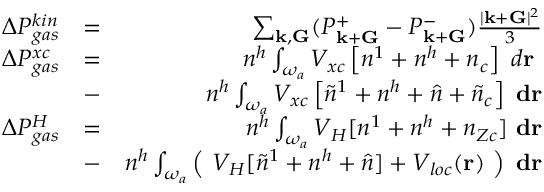
\begin{array} { r l r } { \Delta P _ { g a s } ^ { k i n } } & { = } & { \sum _ { { \bf k } , { \bf G } } ( P _ { { \bf k } + { \bf G } } ^ { + } - P _ { { \bf k } + { \bf G } } ^ { - } ) \frac { | { \bf k } + { \bf G } | ^ { 2 } } { 3 } } \\ { \Delta P _ { g a s } ^ { x c } } & { = } & { n ^ { h } \int _ { \omega _ { a } } V _ { x c } \left[ n ^ { 1 } + n ^ { h } + n _ { c } \right] ~ d { \bf r } ~ } \\ & { - } & { n ^ { h } \int _ { \omega _ { a } } V _ { x c } \left[ \tilde { n } ^ { 1 } + n ^ { h } + \hat { n } + \tilde { n } _ { c } \right] ~ { \bf d r } } \\ { \Delta P _ { g a s } ^ { H } } & { = } & { n ^ { h } \int _ { \omega _ { a } } V _ { H } [ n ^ { 1 } + n ^ { h } + n _ { Z c } ] ~ { \bf d r } } \\ & { - } & { n ^ { h } \int _ { \omega _ { a } } \left( ~ V _ { H } [ \tilde { n } ^ { 1 } + n ^ { h } + \hat { n } ] + V _ { l o c } ( { \bf r } ) ~ \right) ~ { \bf d r } } \end{array}